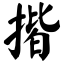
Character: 揩